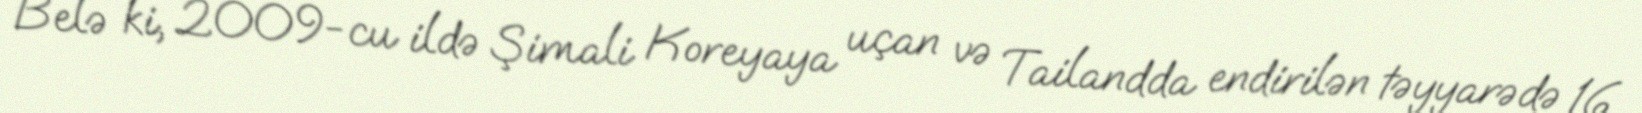
Belə ki, 2009-cu ildə Şimali Koreyaya uçan və Tailandda endirilən təyyarədə 16